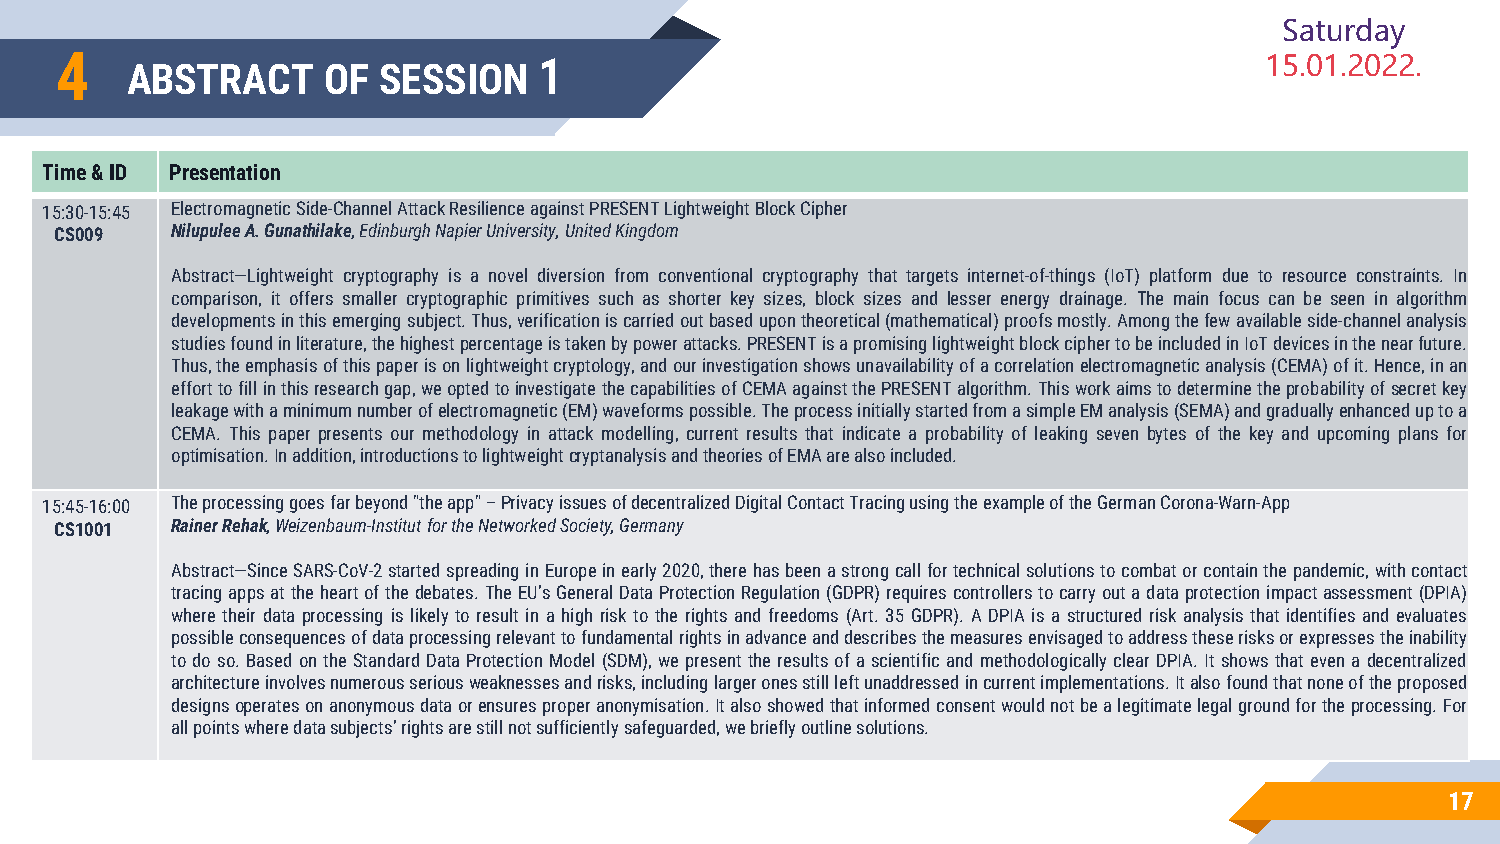
Saturday
 4                               1                                               15.01.2022.
 ABSTRACT     OF  SESSION
 Time & ID Presentation
 15:30-15:45 Electromagnetic Side-Channel Attack Resilience against PRESENT Lightweight Block Cipher
 CS009  NilupuleeA. Gunathilake, Edinburgh Napier University, United Kingdom
 Abstract—Lightweight cryptography is a novel diversion from conventional cryptography that targets internet-of-things (IoT) platform due to resource constraints. In
 comparison, it offers smaller cryptographic primitives such as shorter key sizes, block sizes and lesser energy drainage. The main focus can be seen in algorithm
 developmentsinthisemergingsubject.Thus,verificationiscarriedoutbasedupontheoretical(mathematical)proofsmostly.Amongthefewavailableside-channelanalysis
 studiesfoundinliterature,thehighestpercentageistakenbypowerattacks.PRESENTisapromisinglightweightblockciphertobeincludedinIoTdevicesinthenearfuture.
 Thus,theemphasisofthispaperisonlightweightcryptology,andourinvestigationshowsunavailabilityofacorrelationelectromagneticanalysis(CEMA)ofit.Hence,inan
 efforttofillinthisresearchgap,weoptedtoinvestigatethecapabilitiesofCEMAagainstthePRESENTalgorithm.Thisworkaimstodeterminetheprobabilityofsecretkey
 leakagewithaminimumnumberofelectromagnetic(EM)waveformspossible.TheprocessinitiallystartedfromasimpleEManalysis(SEMA)andgraduallyenhanceduptoa
 CEMA. This paper presents our methodology in attack modelling, current results that indicate a probability of leaking seven bytes of the key and upcoming plans for
 optimisation.Inaddition,introductionstolightweightcryptanalysisandtheoriesofEMAarealsoincluded.
 15:45-16:00 The processing goes far beyond "the app" –Privacy issues of decentralized Digital Contact Tracing using the example of the German Corona-Warn-App
 CS1001 Rainer Rehak, Weizenbaum-Institutfor the Networked Society, Germany
 Abstract—SinceSARS-CoV-2startedspreadinginEuropeinearly2020,therehasbeenastrongcallfortechnicalsolutionstocombatorcontainthepandemic,withcontact
 tracingappsattheheartofthedebates.TheEU’sGeneralDataProtectionRegulation(GDPR)requirescontrollerstocarryoutadataprotectionimpactassessment(DPIA)
 where their data processing is likely to result in a high risk to the rights and freedoms (Art. 35 GDPR). A DPIA is a structured risk analysis that identifies and evaluates
 possibleconsequencesofdataprocessingrelevanttofundamentalrightsinadvanceanddescribesthemeasuresenvisagedtoaddresstheserisksorexpressestheinability
 todo so. Based ontheStandardDataProtection Model (SDM), we present the results ofa scientific andmethodologically clear DPIA.It showsthateven a decentralized
 architectureinvolvesnumerousseriousweaknessesandrisks,includinglargeronesstillleftunaddressedincurrentimplementations.Italsofoundthatnoneoftheproposed
 designsoperatesonanonymousdataorensuresproperanonymisation.Italsoshowedthatinformedconsentwouldnotbealegitimatelegalgroundfortheprocessing.For
 allpointswheredatasubjects’rightsarestillnotsufficientlysafeguarded,webrieflyoutlinesolutions.
 17